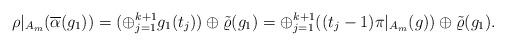
LaTeX: \begin{align*}\rho|_{A_m}(\overline{\alpha}(g_1)) = (\oplus_{j=1}^{k+1} g_1(t_j)) \oplus \tilde\varrho(g_1) = \oplus_{j=1}^{k+1}((t_j-1)\pi|_{A_m}(g)) \oplus \tilde\varrho(g_1).\end{align*}